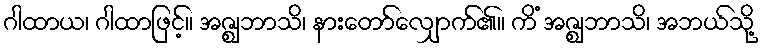
ဂါထာယ၊ ဂါထာဖြင့်။ အဇ္ဈဘာသိ၊ နားတော်လျှောက်၏။ ကိံ အဇ္ဈဘာသိ၊ အဘယ်သို့